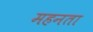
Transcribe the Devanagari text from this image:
महनता